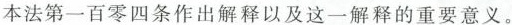
本法第一百零四条作出解释以及这一解释的重要意义。